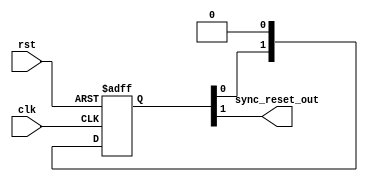
// This program was cloned from: https://github.com/alexforencich/verilog-uart
// License: MIT License

/*

Copyright (c) 2014-2017 Alex Forencich

Permission is hereby granted, free of charge, to any person obtaining a copy
of this software and associated documentation files (the "Software"), to deal
in the Software without restriction, including without limitation the rights
to use, copy, modify, merge, publish, distribute, sublicense, and/or sell
copies of the Software, and to permit persons to whom the Software is
furnished to do so, subject to the following conditions:

The above copyright notice and this permission notice shall be included in
all copies or substantial portions of the Software.

THE SOFTWARE IS PROVIDED "AS IS", WITHOUT WARRANTY OF ANY KIND, EXPRESS OR
IMPLIED, INCLUDING BUT NOT LIMITED TO THE WARRANTIES OF MERCHANTABILITY
FITNESS FOR A PARTICULAR PURPOSE AND NONINFRINGEMENT. IN NO EVENT SHALL THE
AUTHORS OR COPYRIGHT HOLDERS BE LIABLE FOR ANY CLAIM, DAMAGES OR OTHER
LIABILITY, WHETHER IN AN ACTION OF CONTRACT, TORT OR OTHERWISE, ARISING FROM,
OUT OF OR IN CONNECTION WITH THE SOFTWARE OR THE USE OR OTHER DEALINGS IN
THE SOFTWARE.

*/

// Language: Verilog-2001

`timescale 1 ns / 1 ps

/*
 * Synchronizes an active-high asynchronous reset signal to a given clock by
 * using a pipeline of N registers.
 */
module sync_reset #(
    parameter N=2 // depth of synchronizer
)(
    input wire clk,
    input wire rst,
    output wire sync_reset_out
);

reg [N-1:0] sync_reg = {N{1'b1}};

assign sync_reset_out = sync_reg[N-1];

always @(posedge clk or posedge rst) begin
    if (rst)
        sync_reg <= {N{1'b1}};
    else
        sync_reg <= {sync_reg[N-2:0], 1'b0};
end

endmodule